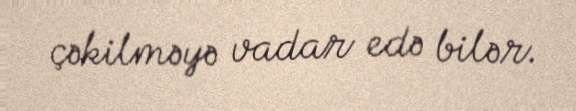
çəkilməyə vadar edə bilər.